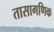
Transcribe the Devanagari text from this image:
तासागणिक